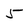
Character: 5